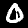
Digit: 0